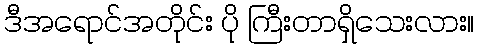
ဒီအရောင်အတိုင်း ပို ကြီးတာရှိသေးလား။